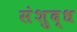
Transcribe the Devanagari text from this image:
संशुद्ध